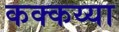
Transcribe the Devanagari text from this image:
कक्कय्या